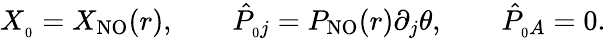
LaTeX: X_{_0}=X_{\mathrm{NO}}(r),\qquad{\hat{P}}_{_0j}=P_{\mathrm{NO}}(r)\partial_{j}\theta,\qquad{\hat{P}}_{_0A}=0.